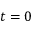
t = 0